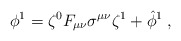
\begin{align*}\phi^1 = \zeta^0 F_{\mu\nu} \sigma^{\mu\nu} \zeta^1 + \hat\phi^1 \; , \end{align*}